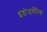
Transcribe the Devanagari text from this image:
इंडोजर्मनिक